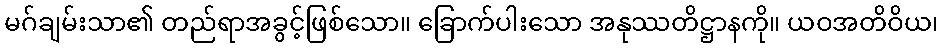
မဂ်ချမ်းသာ၏ တည်ရာအခွင့်ဖြစ်သော။ ခြောက်ပါးသော အနုဿတိဋ္ဌာနကို။ ယဝအတိဝိယ၊